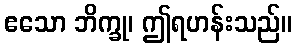
ဧသော ဘိက္ခု၊ ဤရဟန်းသည်။